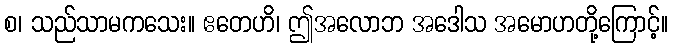
စ၊ သည်သာမကသေး။ ဧတေဟိ၊ ဤအလောဘ အဒေါသ အမောဟတို့ကြောင့်။